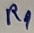
Text: R9